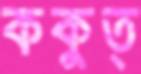
ককুত্